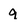
Character: 9